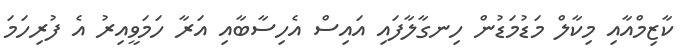
ކާޒިމްއާއި މިކާލް މަޑުމަޑުން ހިނގާލާފައި އައިސް އެހިސާބާއި އަރާ ހަމަވީއިރު އެ ފުރިހަމަ